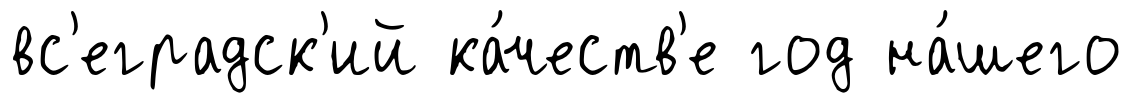
вс'еградск'ий ка́честв'е год на́шего